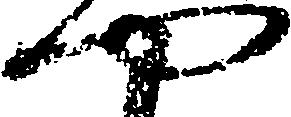
や